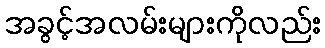
အခွင့်အလမ်းများကိုလည်း